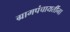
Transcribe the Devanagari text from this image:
ग्रामपंचायतींना